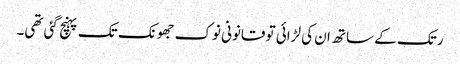
رتک کے ساتھ ان کی لڑائی تو قانونی نوک جھونک تک پہنچ گئی تھی۔